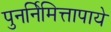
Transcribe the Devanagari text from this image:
पुनर्निमित्तापाये